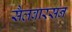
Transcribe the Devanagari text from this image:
सैलवारसन